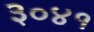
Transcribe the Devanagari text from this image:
३०४१